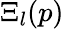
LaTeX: \Xi_{l}(p)